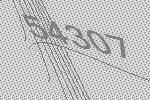
54307